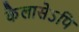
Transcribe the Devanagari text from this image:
कैलासेऽपि